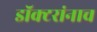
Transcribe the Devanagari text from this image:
डॉक्टरांनाच